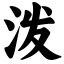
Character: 泼